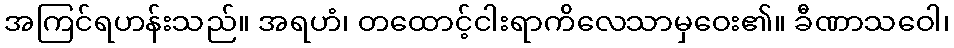
အကြင်ရဟန်းသည်။ အရဟံ၊ တထောင့်ငါးရာကိလေသာမှဝေး၏။ ခီဏာသဝေါ၊